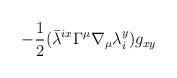
LaTeX: \begin{align*}-\frac{1}{2}({\bar{\lambda}}^{ix} \Gamma^{\mu} \nabla_{\mu}\lambda_{i}^{y}) g_{xy}\end{align*}